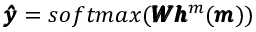
\pmb { \hat { y } } = s o f t m a x ( \pmb { W } \pmb { h } ^ { m } ( \pmb { m } ) )